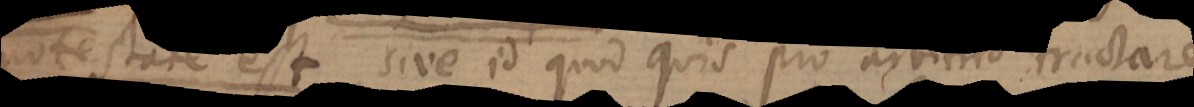
r, ejus, sive id quod quis pro arbitrio tractare